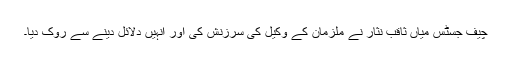
چیف جسٹس میاں ثاقب نثار نے ملزمان کے وکیل کی سرزنش کی اور انہیں دلائل دینے سے روک دیا۔